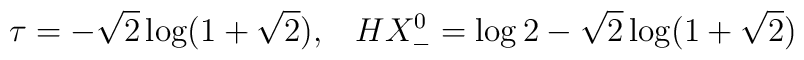
\tau=-\sqrt{2}\log(1+\sqrt{2}),\;\;\;HX^0_-=\log 2-\sqrt{2}\log(1+\sqrt{2})